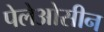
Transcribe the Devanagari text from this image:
पेलेओसीन